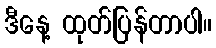
ဒီနေ့ ထုတ်ပြန်တာပါ။